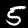
Digit: 5